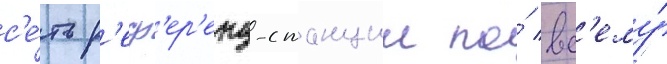
с'е́ть р'еф'ер'енц-станции по́ вс'ему́